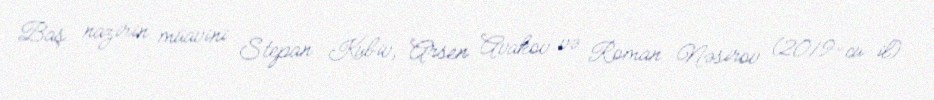
Baş nazirin müavini Stepan Kubiv, Arsen Avakov və Roman Nəsirov (2019-cu il)